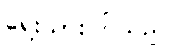
ရေးသားကြသည်